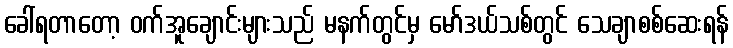
ခေါ်ရတာတော့ ဝက်အူချောင်းများသည် မနက်တွင်မှ မော်ဒယ်သစ်တွင် သေချာစစ်ဆေးရန်